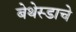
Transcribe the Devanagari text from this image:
बेथेस्डाचे